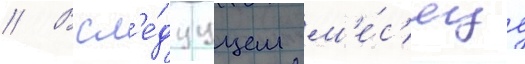
// В сл'е́дуущем м'е́с'яце